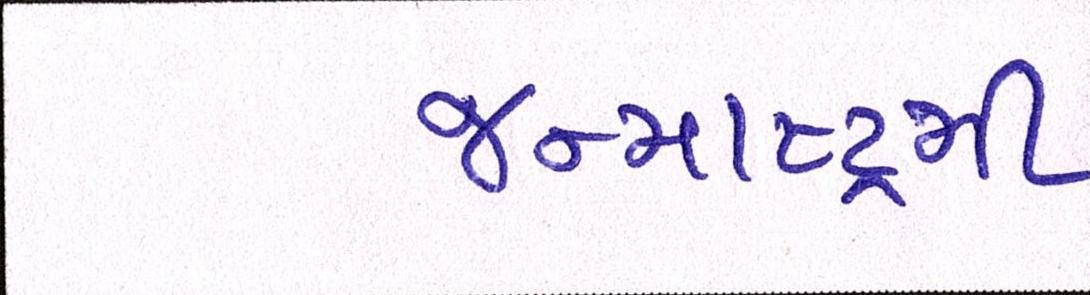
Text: જન્માષ્ટમી